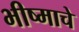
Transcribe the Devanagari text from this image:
भीष्माचे